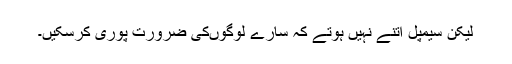
لیکن سیمپل اتنے نہیں ہوتے کہ سارے لوگوں‌کی ضرورت پوری کرسکیں۔